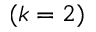
( k = 2 )